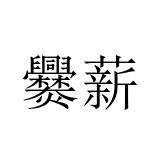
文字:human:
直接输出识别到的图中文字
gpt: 爨薪